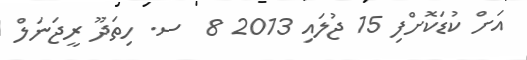
އަށް ކުޑަކޮށްފި 15 ޖުލައި 2013 8  ސ. ހިތަދޫ ރީޖަނަލް